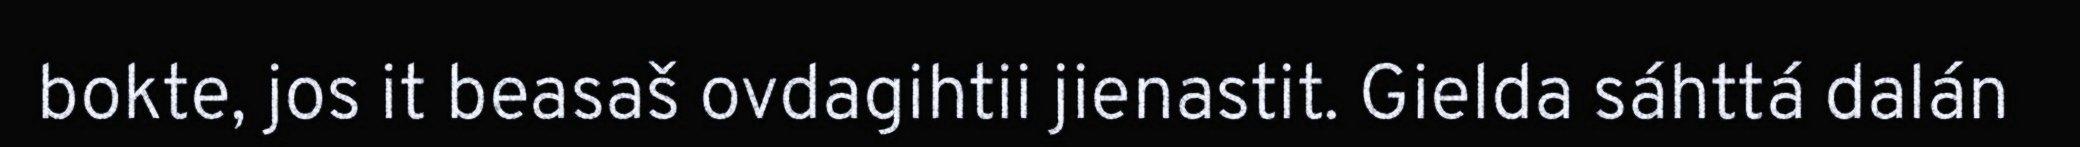
bokte, jos it beasaš ovdagihtii jienastit. Gielda sáhttá dalán